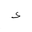
Letter: _hamza